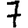
Digit: 7